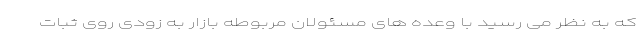
که به نظر می رسید با وعده های مسئولان مربوطه بازار به زودی روی ثبات